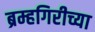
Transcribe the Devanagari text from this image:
ब्रम्हगिरीच्या